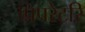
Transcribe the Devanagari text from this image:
प्रिपरेटरि